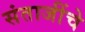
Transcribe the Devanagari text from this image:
संताजींचे